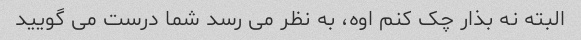
البته نه بذار چک کنم اوه، به نظر می رسد شما درست می گویید